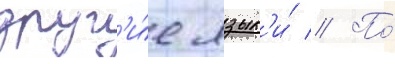
друг'и́е язык'и́ // По́